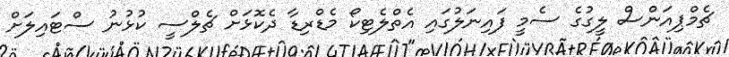
ޗެމްޕިއަންސް ލީގުގެ ސެމީ ފައިނަލުގައި އެތްލެޓިކޯ މެޑްރިޑާ ދެކޮޅަށް ޗެލްސީ ކުޅުނު ސްޓައިލަށް